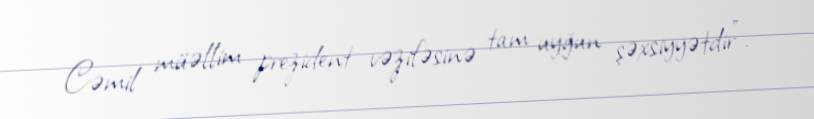
Cəmil müəllim prezident vəzifəsinə tam uyğun şəxsiyyətdir”.